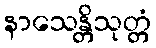
နာသေန္တိသုတ္တံ